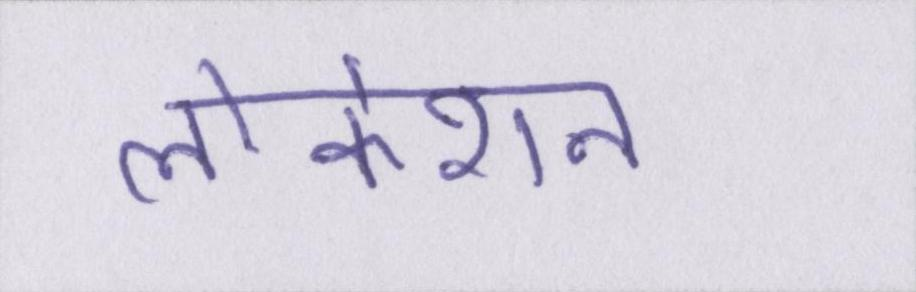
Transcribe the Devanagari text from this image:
लोकेशन